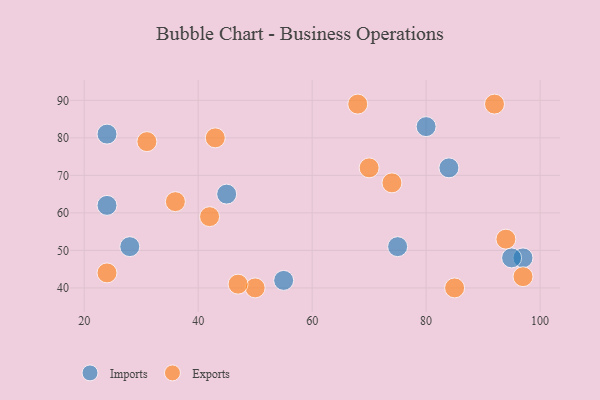
{"axis": {"x": "GDP", "y": "Life Expectancy"}, "legend": ["Exports", "Imports"], "data": [{"x": "28", "y": 51, "type": "Imports"}, {"x": "75", "y": 51, "type": "Imports"}, {"x": "45", "y": 65, "type": "Imports"}, {"x": "55", "y": 42, "type": "Imports"}, {"x": "24", "y": 81, "type": "Imports"}, {"x": "97", "y": 48, "type": "Imports"}, {"x": "95", "y": 48, "type": "Imports"}, {"x": "24", "y": 62, "type": "Imports"}, {"x": "84", "y": 72, "type": "Imports"}, {"x": "80", "y": 83, "type": "Imports"}, {"x": "85", "y": 40, "type": "Exports"}, {"x": "74", "y": 68, "type": "Exports"}, {"x": "50", "y": 40, "type": "Exports"}, {"x": "43", "y": 80, "type": "Exports"}, {"x": "94", "y": 53, "type": "Exports"}, {"x": "42", "y": 59, "type": "Exports"}, {"x": "24", "y": 44, "type": "Exports"}, {"x": "31", "y": 79, "type": "Exports"}, {"x": "70", "y": 72, "type": "Exports"}, {"x": "97", "y": 43, "type": "Exports"}, {"x": "47", "y": 41, "type": "Exports"}, {"x": "36", "y": 63, "type": "Exports"}, {"x": "92", "y": 89, "type": "Exports"}, {"x": "68", "y": 89, "type": "Exports"}]}